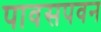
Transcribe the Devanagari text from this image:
पावसपवन